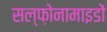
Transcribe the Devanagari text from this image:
सल्फ़ोनामाइडों